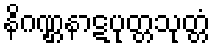
နိဂဏ္ဌနာဋပုတ္တသုတ္တံ